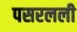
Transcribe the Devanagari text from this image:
पसरलली